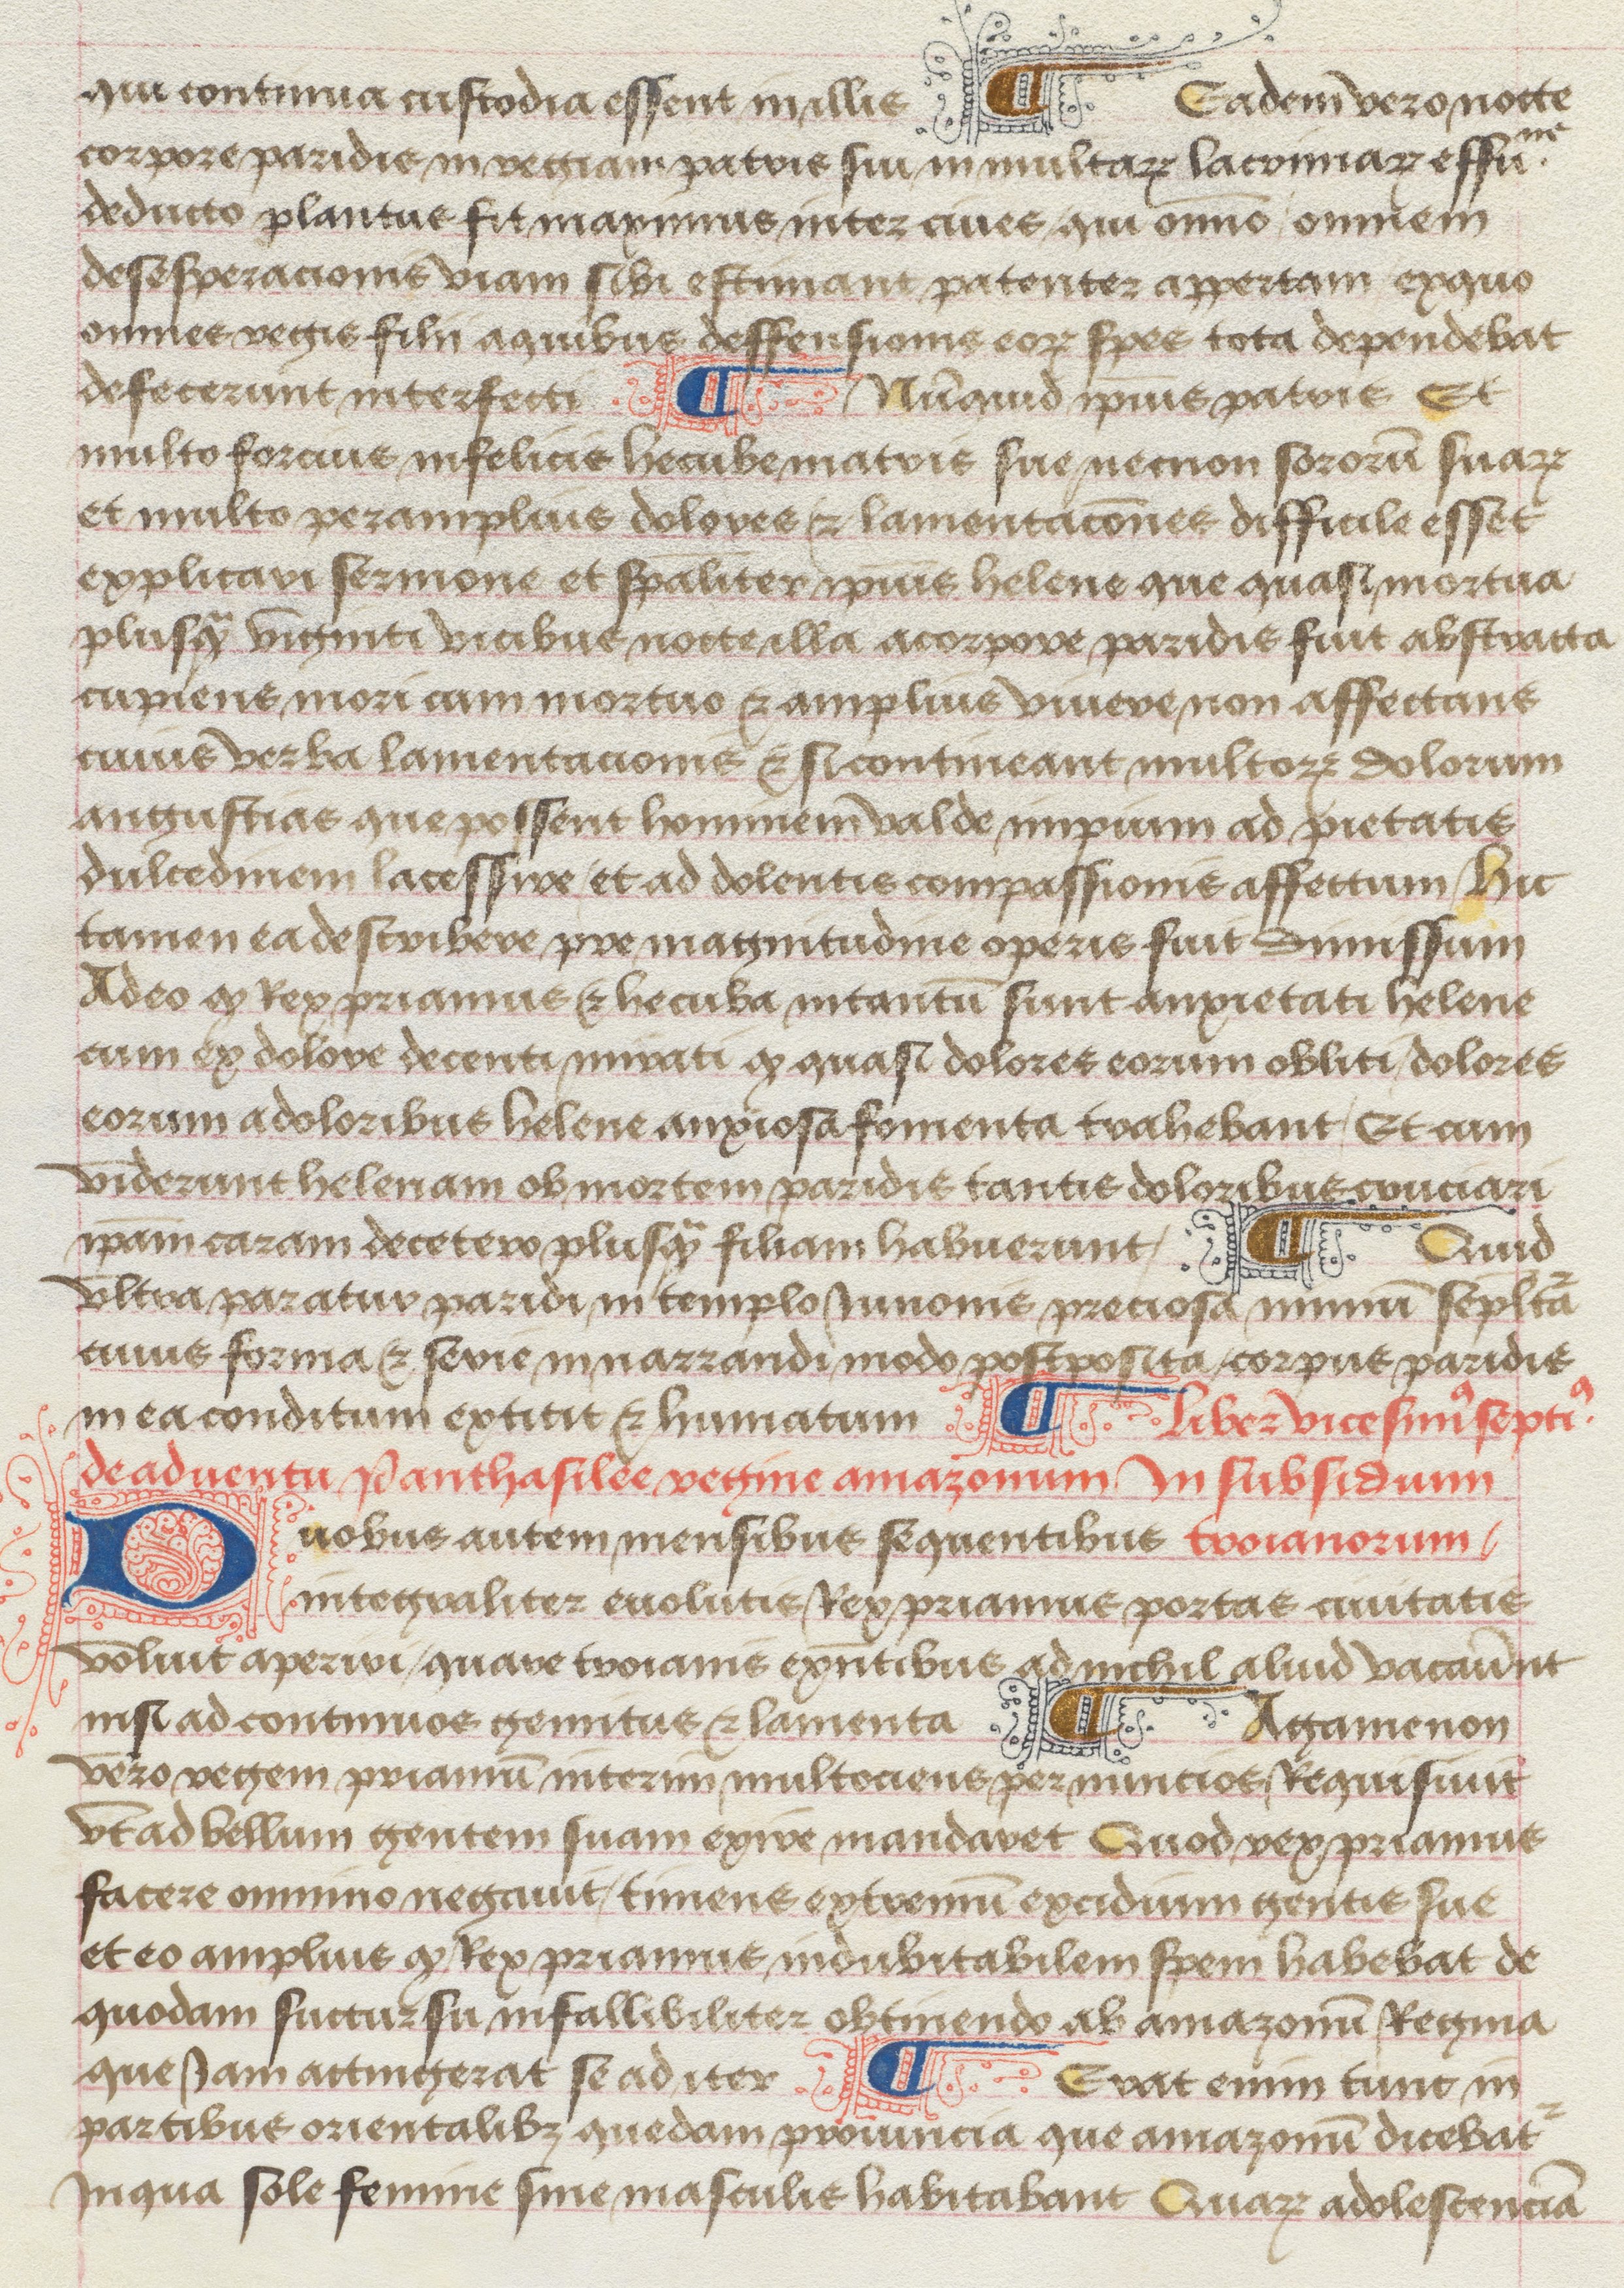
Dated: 1475–1499